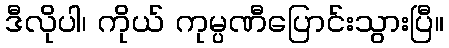
ဒီလိုပါ၊ ကိုယ် ကုမ္ပဏီပြောင်းသွားပြီ။